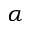
\boldsymbol { \alpha }